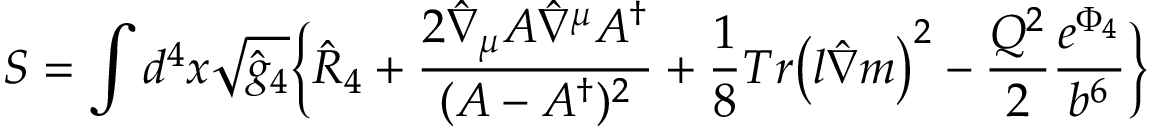
S = \int d ^ { 4 } x \sqrt { \hat { g } _ { 4 } } \Bigl \{ \hat { R } _ { 4 } + \frac { 2 \hat { \nabla } _ { \mu } { \cal A } \hat { \nabla } ^ { \mu } { \cal A } ^ { \dagger } } { ( { \cal A } - { \cal A } ^ { \dagger } ) ^ { 2 } } + \frac { 1 } { 8 } T r \bigl ( l \hat { \nabla } m \bigr ) ^ { 2 } - \frac { Q ^ { 2 } } { 2 } \frac { e ^ { \Phi _ { 4 } } } { b ^ { 6 } } \Bigr \}